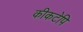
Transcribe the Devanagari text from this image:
कीकटेपि